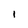
Character: I